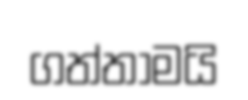
ගත්තාමයි